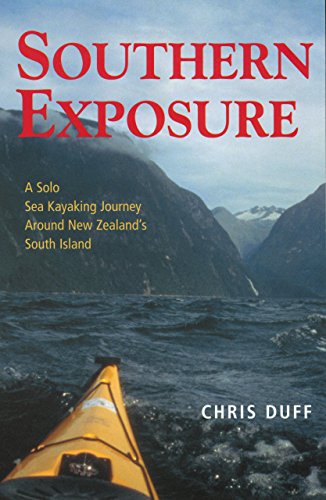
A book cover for Southern Exposure: A Solo Sea Kayaking Journey Around New Zealand's South Island; Chris Duff; Biographies & Memoirs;